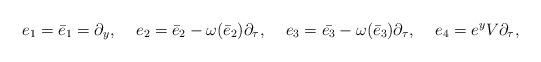
LaTeX: \begin{align*}e_1=\bar e_1&=\partial_y,&e_2&=\bar{e}_2-\omega(\bar{e}_2)\partial_\tau,&e_3&=\bar{e_3}-\omega(\bar{e}_3)\partial_\tau,&e_4&= e^yV\partial_\tau,\end{align*}